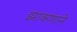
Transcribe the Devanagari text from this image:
झाकणाने